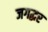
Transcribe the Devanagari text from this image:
जगद्घर